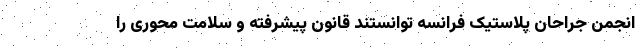
انجمن جراحان پلاستیک فرانسه توانستند قانون پیشرفته و سلامت محوری را